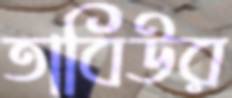
তাবিউর